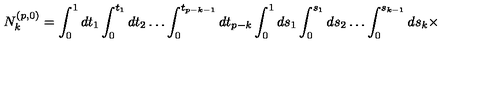
N _ { k } ^ { ( p , 0 ) } = \int _ { 0 } ^ { 1 } d t _ { 1 } \int _ { 0 } ^ { t _ { 1 } } d t _ { 2 } \ldots \int _ { 0 } ^ { t _ { p - k - 1 } } d t _ { p - k } \int _ { 0 } ^ { 1 } d s _ { 1 } \int _ { 0 } ^ { s _ { 1 } } d s _ { 2 } \ldots \int _ { 0 } ^ { s _ { k - 1 } } d s _ { k } \times